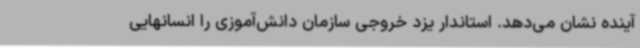
آینده نشان می‌دهد. استاندار یزد خروجی سازمان دانش‌آموزی را انسانهایی